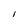
Character: l